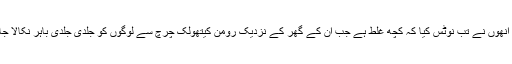
پہلی بار انھوں نے تب نوٹس کیا کہ کچھ غلط ہے جب ان کے گھر کے نزدیک رومن کیتھولک چرچ سے لوگوں کو جلدی جلدی باہر نکالا جا رہا تھا۔